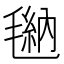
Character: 𪵠